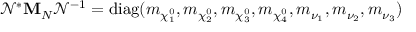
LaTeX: \mathcal { N } ^ { * } { \mathbf M } _ { N } \mathcal { N } ^ { - 1 } = \mathrm { d i a g } ( m _ { \chi _ { 1 } ^ { 0 } } , m _ { \chi _ { 2 } ^ { 0 } } , m _ { \chi _ { 3 } ^ { 0 } } , m _ { \chi _ { 4 } ^ { 0 } } , m _ { \nu _ { 1 } } , m _ { \nu _ { 2 } } , m _ { \nu _ { 3 } } )